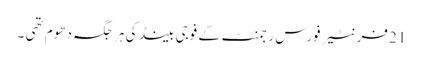
21 فرنٹیر فورس رجمنٹ کے فوجی بینڈ کی ہر جگہ دھوم تھی ۔